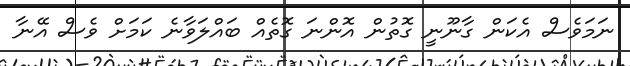
ނަމަވެސް އެކަން ގާނޫނީ ގޮތުން އޮންނަ ގޮތެއް ބައްލަވާނެ ކަމަށް ވެސް އޭނާ